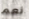
نعم